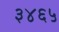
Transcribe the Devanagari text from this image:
३४६५